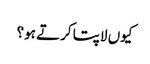
کیوں لاپتا کرتے ہو؟